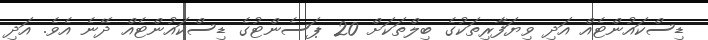
ޑިސްކައުންޓެއް އަދި ވިޔަފާރިތަކުގެ ބިލްތަކަށް 20 ޕަސެންޓުގެ ޑިސްކައުންޓެއް ދޭނެ އެވެ. އަދި